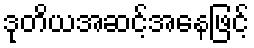
ဒုတိယအဆင့်အနေဖြင့်